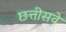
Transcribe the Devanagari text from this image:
छत्तीसवे